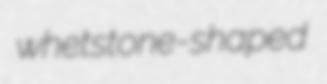
whetstone-shaped